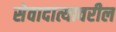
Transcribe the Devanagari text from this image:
सेवादात्यावरील